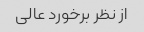
از نظر برخورد عالی